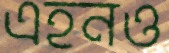
এহনও